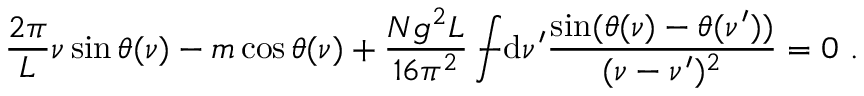
\frac { 2 \pi } { L } \nu \sin \theta ( \nu ) - m \cos \theta ( \nu ) + \frac { N g ^ { 2 } L } { 1 6 \pi ^ { 2 } } \int \! \! \! \! \! \! - \mathrm { d } \nu ^ { \prime } \frac { \sin ( \theta ( \nu ) - \theta ( \nu ^ { \prime } ) ) } { ( \nu - \nu ^ { \prime } ) ^ { 2 } } = 0 \ .